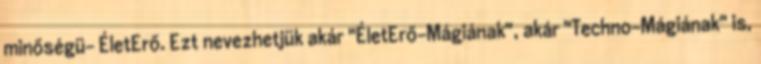
minőségü- ÉletErő. Ezt nevezhetjük akár "ÉletErő-Mágiának", akár "Techno-Mágiának" is,